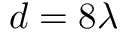
d = 8 \lambda